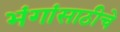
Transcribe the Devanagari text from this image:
भंगांसाठीचे